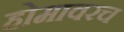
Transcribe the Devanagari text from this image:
होमावरच